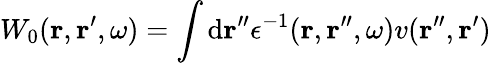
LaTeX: W_{0}(\mathbf{r},\mathbf{r}^{\prime},\omega)=\int\mathrm{d}\mathbf{r}^{\prime\prime}\epsilon^{-1}(\mathbf{r},\mathbf{r}^{\prime\prime},\omega)v(\mathbf{r}^{\prime\prime},\mathbf{r}^{\prime})